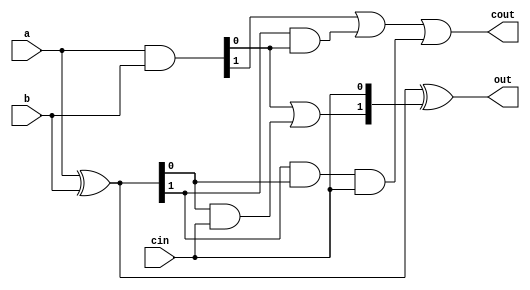
// 2-bit fast adder
module FastAdder2(
        input wire cin,
        input wire [1:0] a,
        input wire [1:0] b,
        output wire [1:0] out,
        output wire cout
);
wire [1:0] g = a & b;
wire [1:0] p = a ^ b;
assign out = a ^ b ^ {
        (g[0]) | (p[0] & cin),
        (cin)
};
assign cout = (g[1]) | (p[1] & g[0]) | (p[1] & p[0] & cin);
endmodule

// 4-bit fast adder
module FastAdder4(
        input wire cin,
        input wire [3:0] a,
        input wire [3:0] b,
        output wire [3:0] out,
        output wire cout
);
wire [3:0] g = a & b;
wire [3:0] p = a ^ b;
assign out = a ^ b ^ {
        (g[2]) | (p[2] & g[1]) | (p[2] & p[1] & g[0]) | (p[2] & p[1] & p[0] & cin),
        (g[1]) | (p[1] & g[0]) | (p[1] & p[0] & cin),
        (g[0]) | (p[0] & cin),
        (cin)
};
assign cout = (g[3]) | (p[3] & g[2]) | (p[3] & p[2] & g[1]) | (p[3] & p[2] & p[1] & g[0]) | (p[3] & p[2] & p[1] & p[0] & cin);
endmodule

// 8-bit fast adder
module FastAdder8(
        input wire cin,
        input wire [7:0] a,
        input wire [7:0] b,
        output wire [7:0] out,
        output wire cout
);
wire [7:0] g = a & b;
wire [7:0] p = a ^ b;
assign out = a ^ b ^ {
        (g[6]) | (p[6] & g[5]) | (p[6] & p[5] & g[4]) | (p[6] & p[5] & p[4] & g[3]) | (p[6] & p[5] & p[4] & p[3] & g[2]) | (p[6] & p[5] & p[4] & p[3] & p[2] & g[1]) | (p[6] & p[5] & p[4] & p[3] & p[2] & p[1] & g[0]) | (p[6] & p[5] & p[4] & p[3] & p[2] & p[1] & p[0] & cin),
        (g[5]) | (p[5] & g[4]) | (p[5] & p[4] & g[3]) | (p[5] & p[4] & p[3] & g[2]) | (p[5] & p[4] & p[3] & p[2] & g[1]) | (p[5] & p[4] & p[3] & p[2] & p[1] & g[0]) | (p[5] & p[4] & p[3] & p[2] & p[1] & p[0] & cin),
        (g[4]) | (p[4] & g[3]) | (p[4] & p[3] & g[2]) | (p[4] & p[3] & p[2] & g[1]) | (p[4] & p[3] & p[2] & p[1] & g[0]) | (p[4] & p[3] & p[2] & p[1] & p[0] & cin),
        (g[3]) | (p[3] & g[2]) | (p[3] & p[2] & g[1]) | (p[3] & p[2] & p[1] & g[0]) | (p[3] & p[2] & p[1] & p[0] & cin),
        (g[2]) | (p[2] & g[1]) | (p[2] & p[1] & g[0]) | (p[2] & p[1] & p[0] & cin),
        (g[1]) | (p[1] & g[0]) | (p[1] & p[0] & cin),
        (g[0]) | (p[0] & cin),
        (cin)
};
assign cout = (g[7]) | (p[7] & g[6]) | (p[7] & p[6] & g[5]) | (p[7] & p[6] & p[5] & g[4]) | (p[7] & p[6] & p[5] & p[4] & g[3]) | (p[7] & p[6] & p[5] & p[4] & p[3] & g[2]) | (p[7] & p[6] & p[5] & p[4] & p[3] & p[2] & g[1]) | (p[7] & p[6] & p[5] & p[4] & p[3] & p[2] & p[1] & g[0]) | (p[7] & p[6] & p[5] & p[4] & p[3] & p[2] & p[1] & p[0] & cin);
endmodule